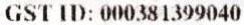
GST ID: 000381399040